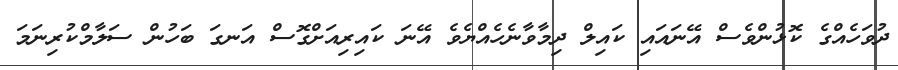
ދުވަހެއްގެ ކޮޅުންވެސް އޭނައައި ކައިލް ދިމާވާނެހެއްޔެވެ އޭނަ ކައިރިއަށްގޮސް އަނގަ ބަހުން ސަލާމްކުރިނަމަ